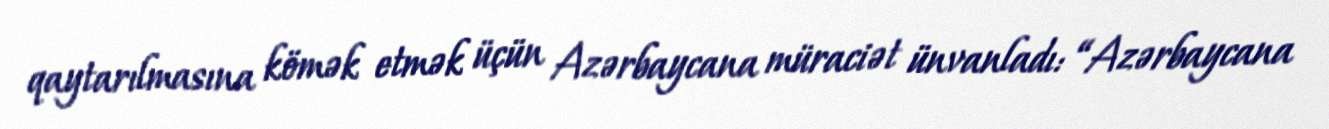
qaytarılmasına kömək etmək üçün Azərbaycana müraciət ünvanladı: “Azərbaycana